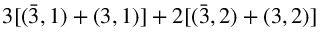
3 [ ( \bar { 3 } , 1 ) + ( 3 , 1 ) ] + 2 [ ( \bar { 3 } , 2 ) + ( 3 , 2 ) ]